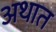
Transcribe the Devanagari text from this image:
अथात